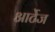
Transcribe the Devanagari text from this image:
आर्टेज